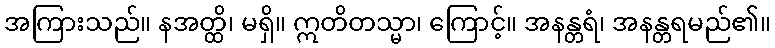
အကြားသည်။ နအတ္ထိ၊ မရှိ။ ဣတိတသ္မာ၊ ကြောင့်။ အနန္တရံ၊ အနန္တရမည်၏။